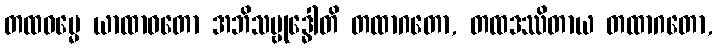
တထဓမ္မေ ယာထာဝတော အဘိသမ္ဗုဒ္ဓေါတိ တထာဂတော, တထဒဿိတာယ တထာဂတော,